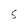
Character: 5